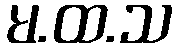
မ.ထ.သ